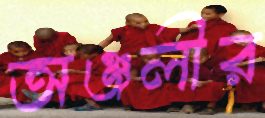
অঞ্জলীর